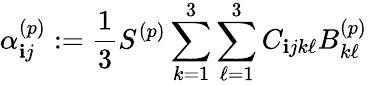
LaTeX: \alpha_{\mathbf{i}j}^{(p)}:=\frac{{1}}{{3}}S^{(p)}\sum_{k=1}^{3}\sum_{\ell=1}^{3}C_{\mathbf{i}jk\ell}B_{k\ell}^{(p)}